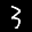
Label: 3